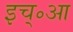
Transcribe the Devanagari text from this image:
इच्॰आ